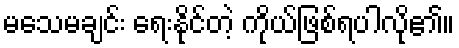
မသေမချင်း ရေးနိုင်တဲ့ ကိုယ်ဖြစ်ရပါလို၏။